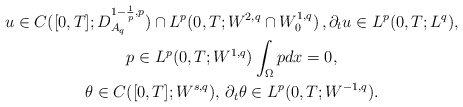
\begin{gather*}u\in C([0,T];D_{A_{q}}^{1-\frac{1}{p},p})\cap L^{p}(0,T;W^{2,q}\cap W_{0}^{1,q})\,,\partial_{t}u\in L^{p}(0,T;L^{q}),\\p\in L^{p}(0,T;W^{1,q})\int_{\Omega}pdx=0,\\\theta\in C([0,T];W^{s,q}),\,\partial_{t}\theta \in L^{p}(0,T;W^{-1,q}).\end{gather*}